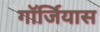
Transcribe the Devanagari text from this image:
गॉर्जियास